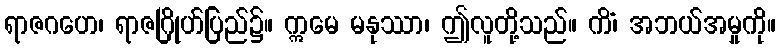
ရာဇဂဟေ၊ ရာဇဂြိုဟ်ပြည်၌။ ဣမေ မနုဿာ၊ ဤလူတို့သည်။ ကိံ၊ အဘယ်အမှုကို။